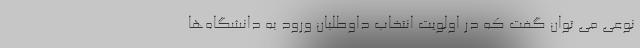
نوعی می توان گفت که در اولویت انتخاب داوطلبان ورود به دانشگاه‌ها